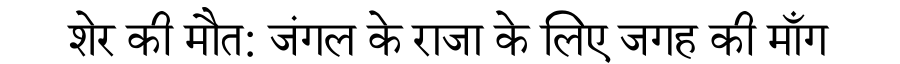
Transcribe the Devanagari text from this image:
शेर की मौत: जंगल के राजा के लिए जगह की माँग